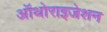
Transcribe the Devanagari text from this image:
ऑथोराइजेशन